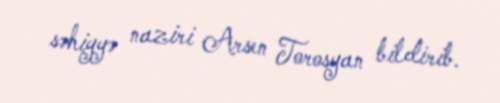
səhiyyə naziri Arsen Torosyan bildirib.